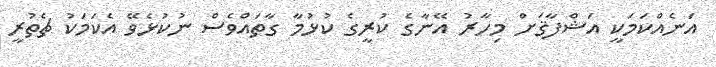
އަނެއްކަމަކީ އަޝްފާޤަށް މިހާރު އޭނާގެ ކުރީގެ ކުޅުމާ ގާތައްވެސް ނުކުޅެވޭ އެކަމަކު ޗެތުރީ